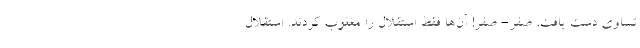
تساوی دست یافت. صفر- صفر! ‌آن‌ها فقط استقلال را مغلوب کردند. استقلال